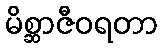
မိစ္ဆာဇီဝရတာ